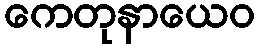
ကေတုနာယေဝ